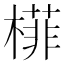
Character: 𬄟